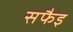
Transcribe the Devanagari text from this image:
सफैइ